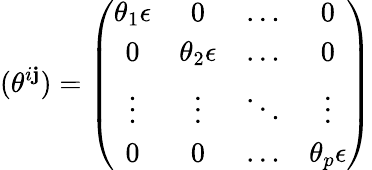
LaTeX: (\theta^{i\mathbf{j}})=\left(\begin{array}{cccc}{{\theta_{1}{\mathbf\epsilon}}}&{{0}}&{{\dots}}&{{0}}\\ {{0}}&{{\theta_{2}{\mathbf\epsilon}}}&{{\dots}}&{{0}}\\ {{\vdots}}&{{\vdots}}&{{\ddots}}&{{\vdots}}\\ {{0}}&{{0}}&{{\dots}}&{{\theta_{p}{\mathbf\epsilon}}}\end{array}\right)